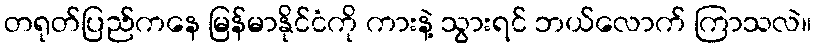
တရုတ်ပြည်ကနေ မြန်မာနိုင်ငံကို ကားနဲ့ သွားရင် ဘယ်လောက် ကြာသလဲ။